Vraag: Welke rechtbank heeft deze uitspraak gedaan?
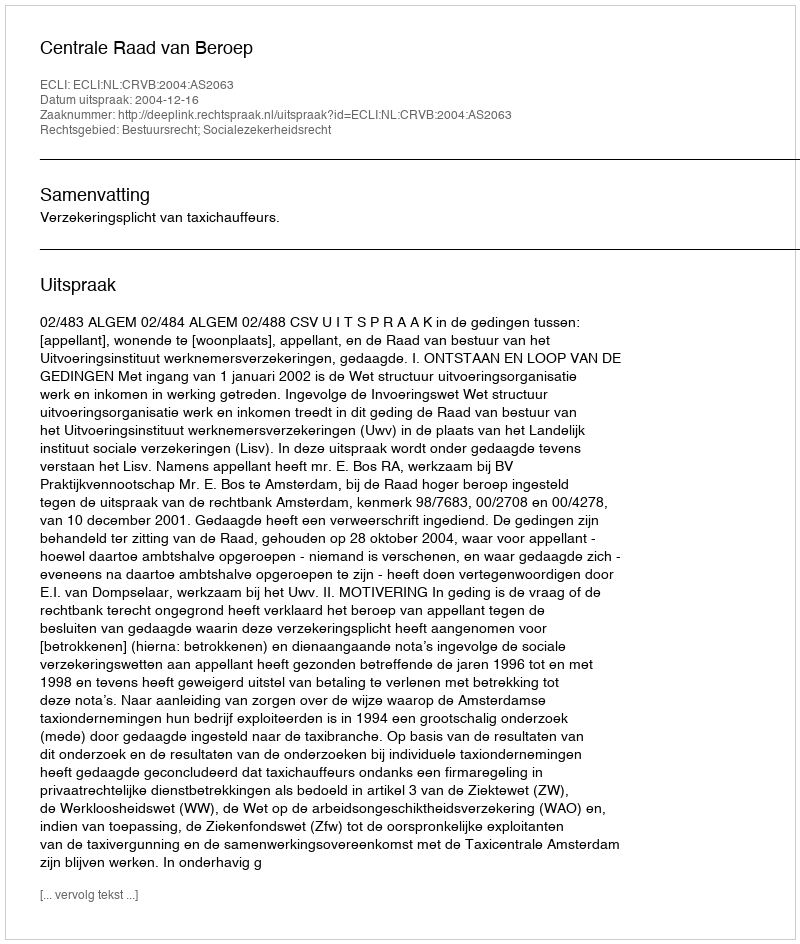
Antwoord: Centrale Raad van Beroep